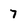
Character: 7